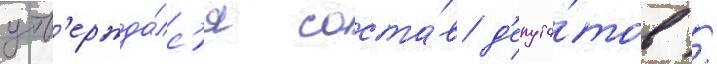
утв'ержда́лс'я соста́в д'епута́тов /